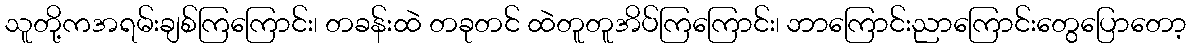
သူတို့ကအရမ်းချစ်ကြကြောင်း၊ တခန်းထဲ တခုတင် ထဲတူတူအိပ်ကြကြောင်း၊ ဘာကြောင်းညာကြောင်းတွေပြောတော့